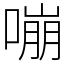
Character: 嘣